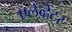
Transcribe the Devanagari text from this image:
एलेव्हेटर